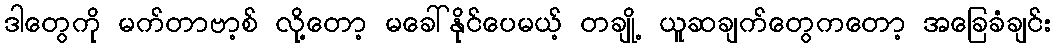
ဒါတွေကို မက်တာဗာ့စ် လို့တော့ မခေါ်နိုင်ပေမယ့် တချို့ ယူဆချက်တွေကတော့ အခြေခံချင်း